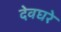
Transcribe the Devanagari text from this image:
देवघरे